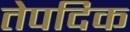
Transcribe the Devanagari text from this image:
तेपदिक